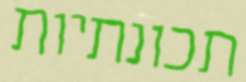
תכונתיות